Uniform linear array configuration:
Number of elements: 32
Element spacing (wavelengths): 0.25
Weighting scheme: uniform
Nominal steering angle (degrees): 15
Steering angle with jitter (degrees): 15.483
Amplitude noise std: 0.05
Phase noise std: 0.05

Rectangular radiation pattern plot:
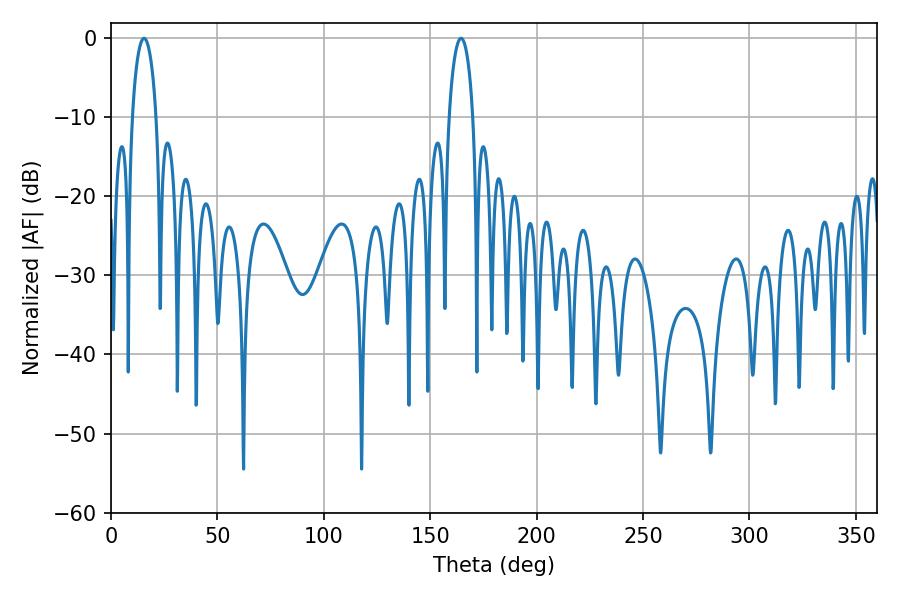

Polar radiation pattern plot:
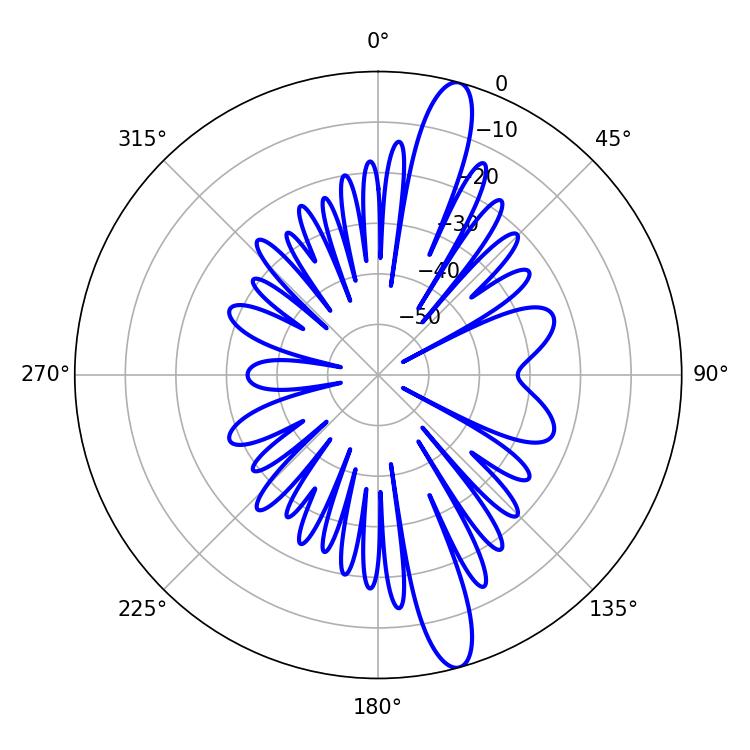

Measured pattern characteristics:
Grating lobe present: FALSE
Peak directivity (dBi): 14.587
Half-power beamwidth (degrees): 6.48
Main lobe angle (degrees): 15.48